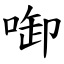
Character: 啣